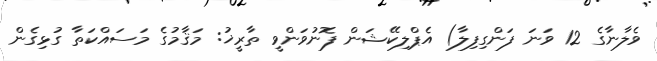
ވެލާނާގެ 12 ވަނަ ފަންގިފިލާ) އެޕްލިކޭޝަން ފޮނުވަންވީ ތާރީޚު: މަޤާމުގެ މަސައްކަތާ ގުޅިގެން